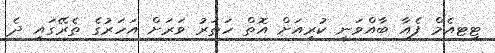
ޓީޓއެމް ފެއާ ބާއްވަނީ ކުރިއަށް އޮތް ހަތަރު ވަރަށް އަހަރުގެ ތެރޭގައި ދެ